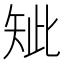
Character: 䂑